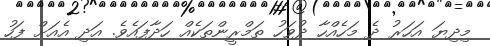
މިދިޔަ އަހަރު ދެ މަހެއްހާ ދުވަހު ތަމްރީންތަކެއް ހަދާފައެވެ. އަދި އެއަށް ފަހު